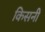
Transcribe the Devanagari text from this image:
किसनी